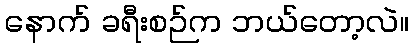
နောက် ခရီးစဉ်က ဘယ်တော့လဲ။